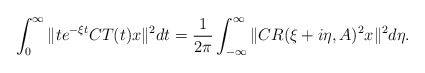
\begin{align*}\int^{\infty}_0 \|t e^{-\xi t} CT(t)x\|^2 dt =\frac{1}{2\pi}\int^{\infty}_{-\infty}\|CR(\xi +i\eta,A)^2x\|^2 d\eta.\end{align*}